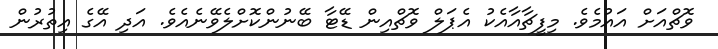
ވޮޗްއަށް އައުމެވެ. މިފީޗާއާއެކު އެޕަލް ވޮޗްއިން ޑޭޓާ ބޭނުންކޮށްލެވޭނެއެވެ. އަދި އޭގެ އިތުރުން